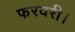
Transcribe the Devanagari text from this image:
फरवरी।